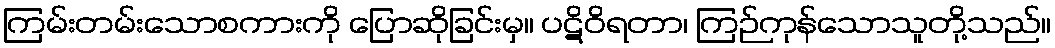
ကြမ်းတမ်းသောစကားကို ပြောဆိုခြင်းမှ။ ပဋိဝိရတာ၊ ကြဉ်ကုန်သောသူတို့သည်။